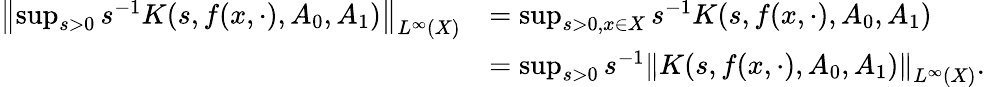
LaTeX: \begin{array}{rl}{\left\| \operatorname*{sup}_{s>0}s^{-1}K(s,f(x,\cdot),A_{0},A_{1})\right\| _{L^{\infty}(X)}}&{=\operatorname*{sup}_{s>0,x\in X}s^{-1}K(s,f(x,\cdot),A_{0},A_{1})}\\ &{=\operatorname*{sup}_{s>0}s^{-1}\left\| K(s,f(x,\cdot),A_{0},A_{1})\right\| _{L^{\infty}(X)}.}\end{array}